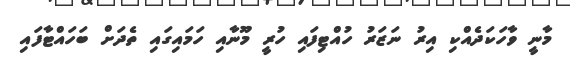
މާނީ ވާހަކަދެއްކި އިރު ނަޒަރު ހުއްޓިފައި ހުރީ މޫނާއި ހަމައިގައި ތެދަށް ބަހައްޓާފައި